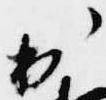
出